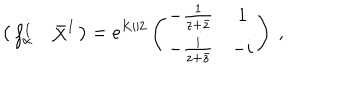
\left( \begin{array} { c c } { { f _ { \alpha } ^ { I } } } & { { \bar { X } ^ { I } } } \\ \end{array} \right) = e ^ { K / 2 } \left( \begin{matrix} { { - \frac { 1 } { z + \bar { z } } } } & { { 1 } } \\ { { - \frac { i } { z + \bar { z } } } } & { { - i } } \\ \end{matrix} \right) \ ,